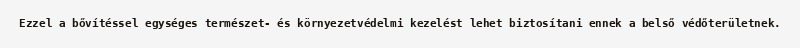
Ezzel a bővítéssel egységes természet- és környezetvédelmi kezelést lehet biztosítani ennek a belső védőterületnek.